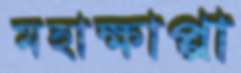
মহাক্ষাপ্পা